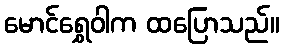
မောင်ရွှေဝါက ထပြောသည်။